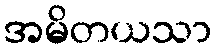
အမိတယသာ